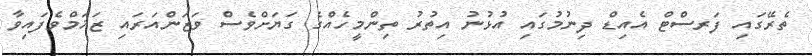
ތެރޭގައި ފަރސްޓް އެއިޑް ދިނުމުގައި އުޅުނު އިތުރު ތިންމީހެއްގެ ގަޔަށްވެސް ވަޒަންއަރައި ޒަޚަމްވެފައިވާ